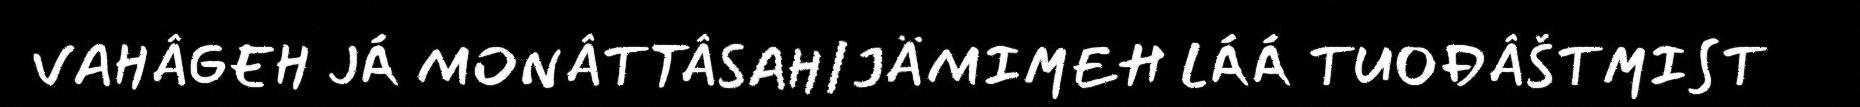
VAHÂGEH JÁ MONÂTTÂSAH/JÄMIMEH LÁÁ TUOĐÂŠTMIST